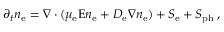
\partial _ { t } n _ { \mathrm e } = \nabla \cdot ( \mu _ { \mathrm e } \boldsymbol { \mathrm E } n _ { \mathrm e } + D _ { \mathrm e } \nabla n _ { \mathrm e } ) + S _ { \mathrm e } + S _ { \mathrm { p h } } \, ,